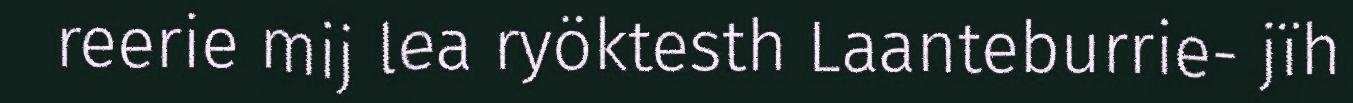
reerie mij lea ryöktesth Laanteburrie- jïh